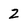
Character: 2